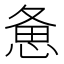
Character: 惫